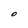
Character: O